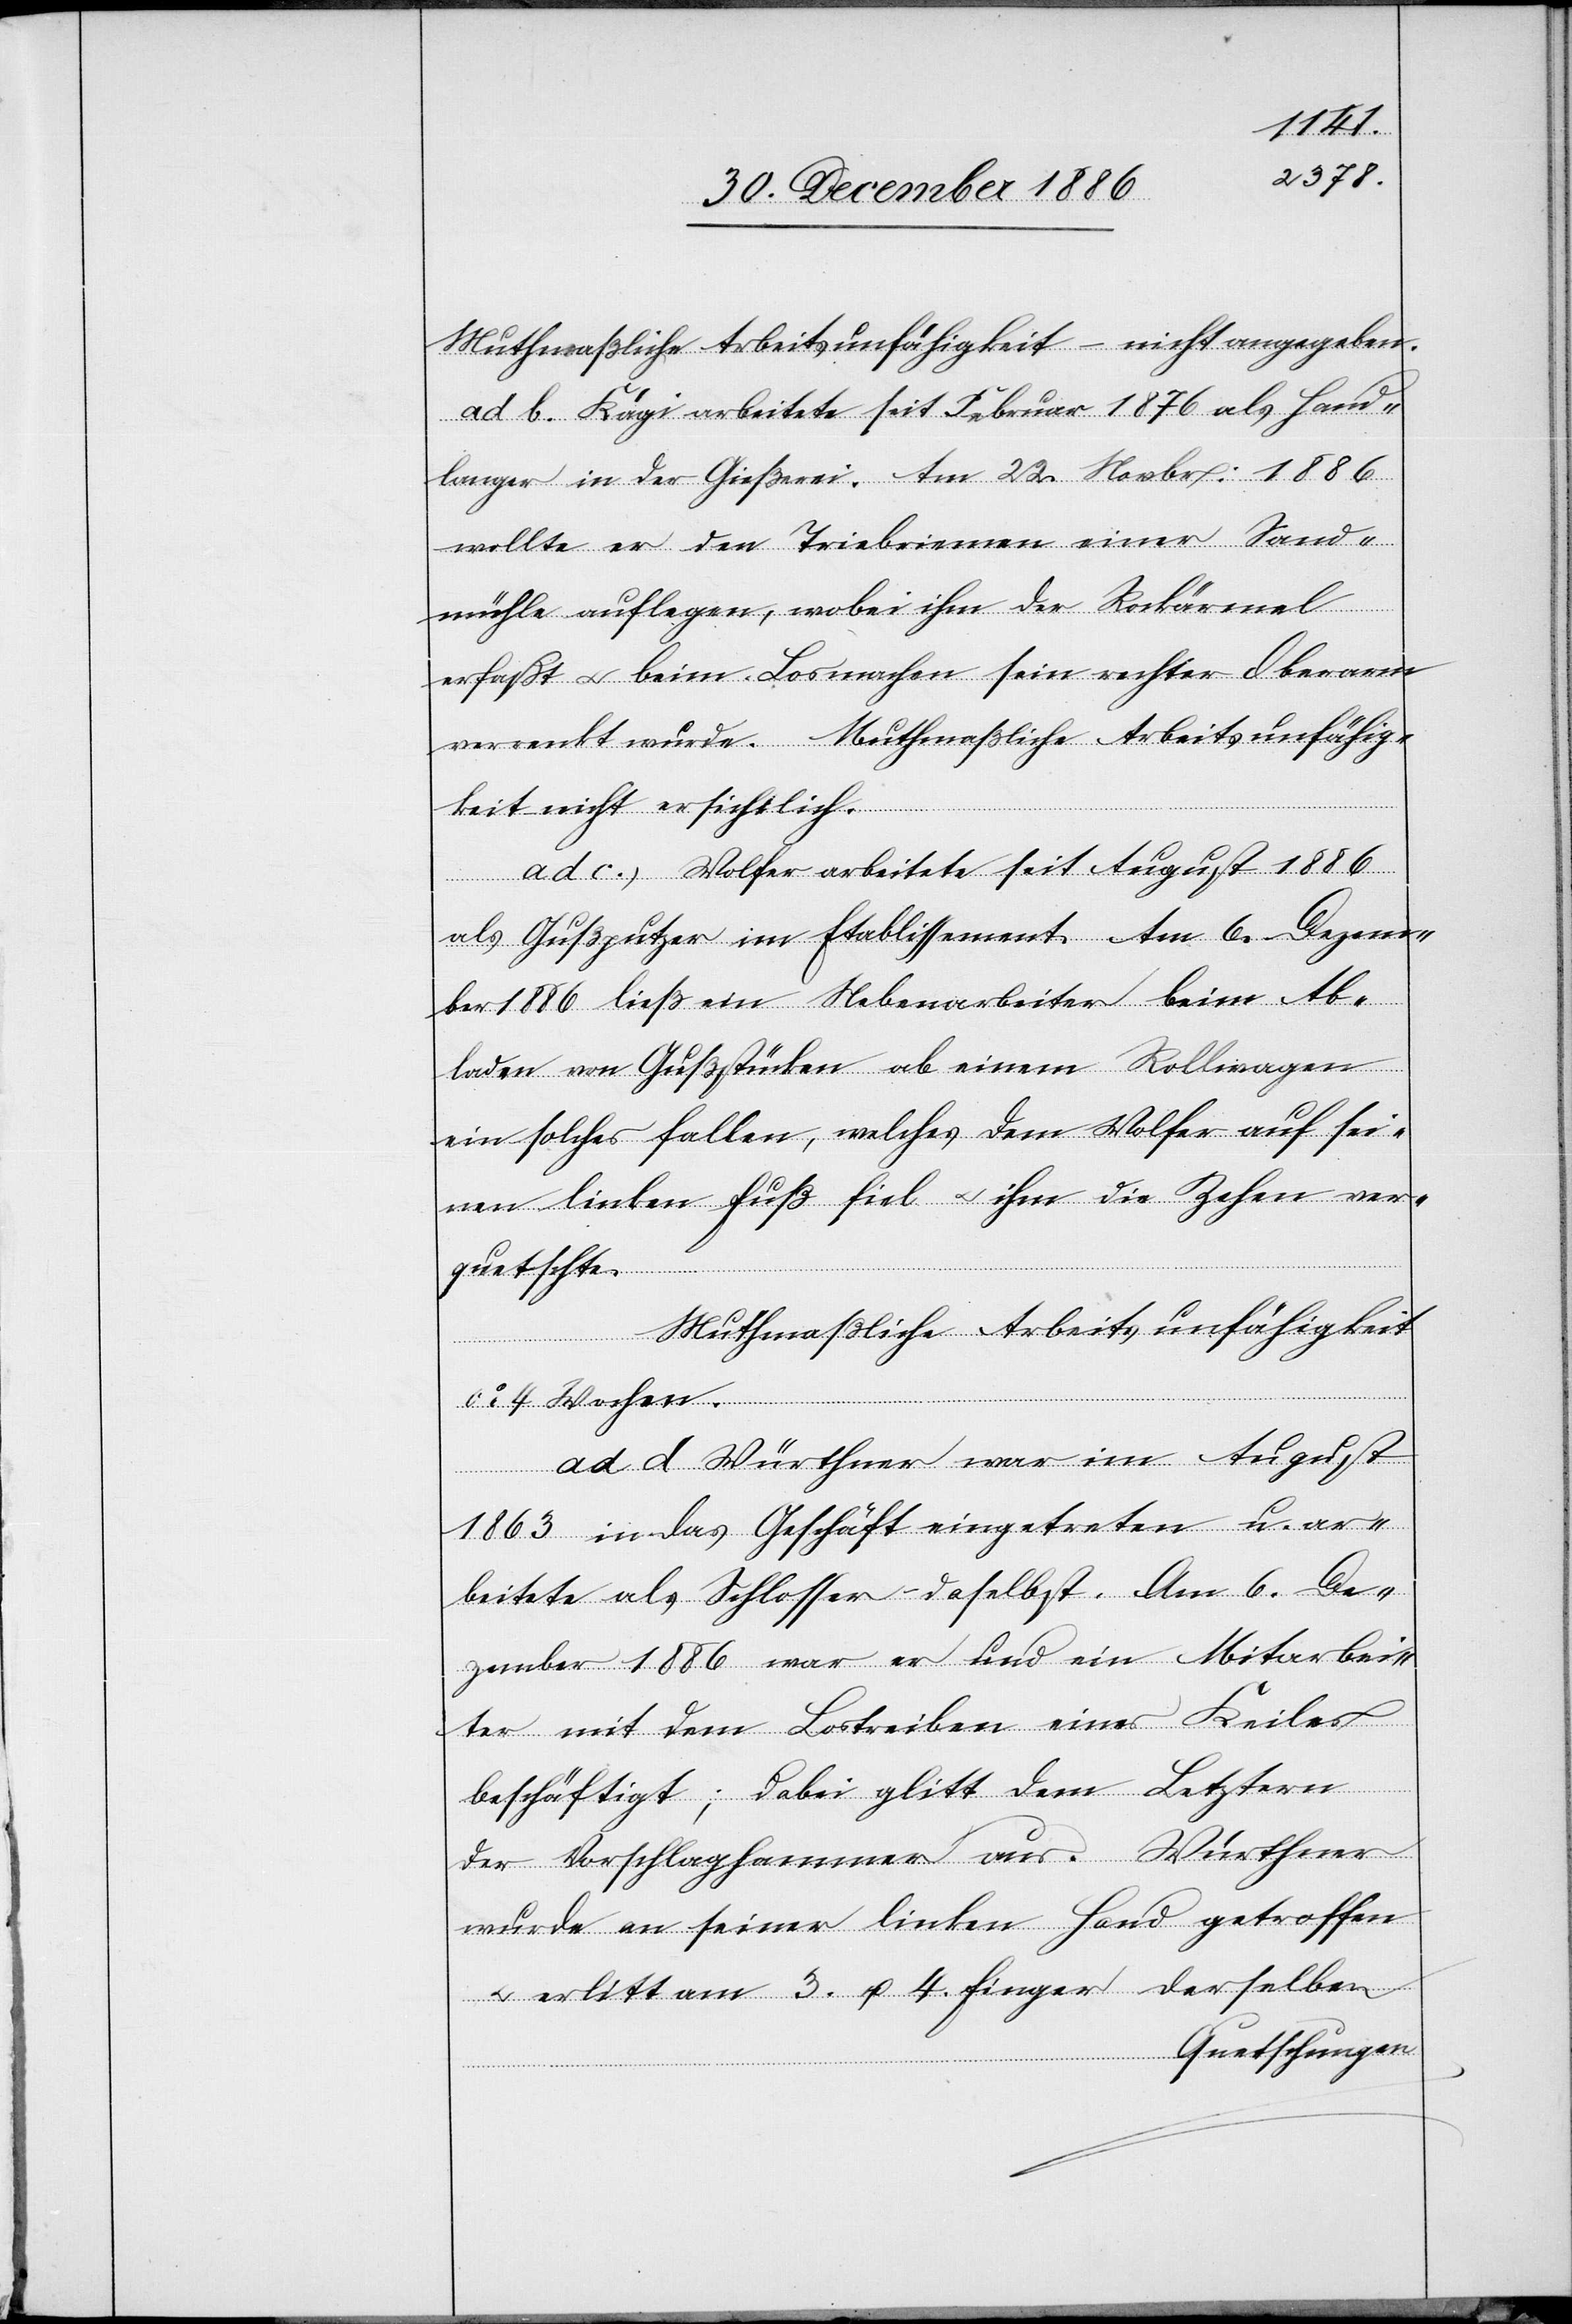
Muthmaßliche Arbeitsunfähigkeit – nicht angegeben.
ad b. Kägi arbeitete seit Februar 1876 als Hand¬
langer in der Gießerei. Am 22. Novbr: 1886
wollte er den Triebriemen einer Sand¬
mühle auflegen, wobei ihm der Rockärmel
erfaßt & beim Losmachen sein rechter Oberarm
verrenkt wurde. Muthmaßliche Arbeitsunfähig¬
keit nicht ersichtlich.
ad c. Wolfer arbeitete seit August 1886
als Gußputzer im Etablissement. Am 6. Dezem¬
ber 1886 ließ ein Nebenarbeiter beim Ab¬
laden von Gußstücken ab einem Rollwagen
ein solches fallen, welches dem Wolfer auf sei¬
nen linken Fuß fiel & ihm die Zehen ver¬
quetschte.
Muthmaßliche Arbeitsunfähigkeit
ca 4 Wochen.
ad d. Würthner war im August
1863 in das Geschäft eingetreten u. ar¬
beitete als Schlosser - daselbst. Am 6. De¬
zember 1886 war er und ein Mitarbei¬
ter mit dem Lostreiben eines Keiles
beschäftigt; dabei glitt dem Letztern
der Vorschlaghammer aus. Würthner
wurde an seiner linken Hand getroffen
& erlitt am 3. u. 4. Finger derselben